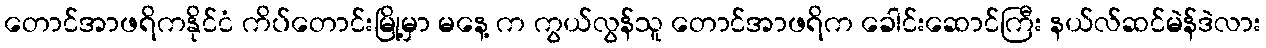
တောင်အာဖရိကနိုင်ငံ ကိပ်တောင်းမြို့မှာ မနေ့ က ကွယ်လွန်သူ တောင်အာဖရိက ခေါင်းဆောင်ကြီး နယ်လ်ဆင်မဲန်ဒဲလား